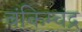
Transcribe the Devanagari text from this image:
बंकिम्चंद्र